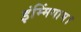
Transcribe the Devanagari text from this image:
इंम्मिंगाम।